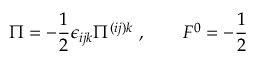
\Pi = - \frac { 1 } { 2 } \epsilon _ { i j k } \Pi ^ { ( i j ) k } \ , \qquad F ^ { 0 } = - \frac { 1 } { 2 }